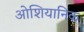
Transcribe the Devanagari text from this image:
ओशियानिक